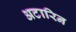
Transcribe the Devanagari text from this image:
अटारिन